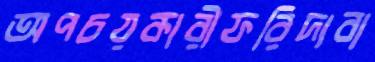
অপচয়কারীফরিদাবা